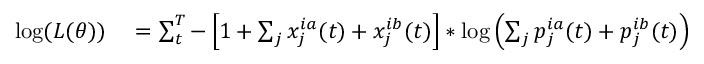
\begin{array} { r l } { \log ( L ( \theta ) ) } & { { } = \sum _ { t } ^ { T } - \left[ 1 + \sum _ { j } x _ { j } ^ { i a } ( t ) + x _ { j } ^ { i b } ( t ) \right] * \log \left( \sum _ { j } p _ { j } ^ { i a } ( t ) + p _ { j } ^ { i b } ( t ) \right) } \end{array}